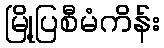
မြို့ပြစီမံကိန်း